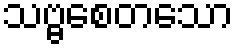
သဗ္ဗစေတသော